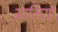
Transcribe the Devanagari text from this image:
आमिया